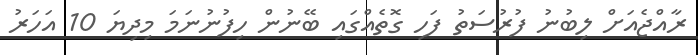
ރާއްޖެއަށް ލިބުނު ފުރުސަތު ފަހި ގޮތެއްގައި ބޭނުން ހިފުނުނަމަ މިދިޔަ 10 އަހަރު